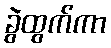
ခွဲထွက်ကာ